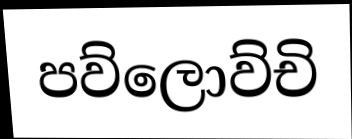
පව්ලොව්චි